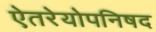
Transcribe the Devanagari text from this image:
ऐतरेयोपनिषद